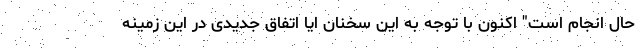
حال انجام است" اکنون با توجه به این سخنان ایا اتفاق جدیدی در این زمینه